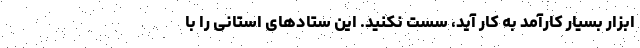
ابزار بسیار کارآمد به کار آید، سست نکنید. این ستادهای استانی را با